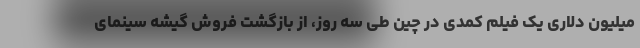
میلیون دلاری یک فیلم کمدی در چین طی سه روز، از بازگشت فروش گیشه سینمای